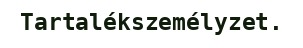
Tartalékszemélyzet.